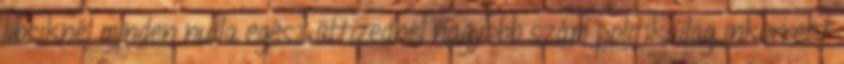
libsiknél minden nulla egész öttizednél nagyobb szám politikailag inkorrekt